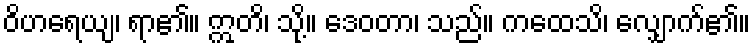
ဝိဟရေယျ၊ ရာ၏။ ဣတိ၊ သို့။ ဒေဝတာ၊ သည်။ ကထေသိ၊ လျှောက်၏။